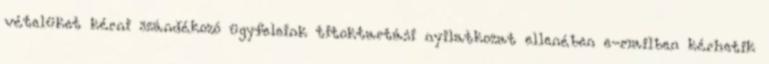
vételüket kérni szándékozó ügyfeleink titoktartási nyilatkozat ellenében e-mailben kérhetik